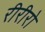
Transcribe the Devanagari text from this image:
रीरीरो